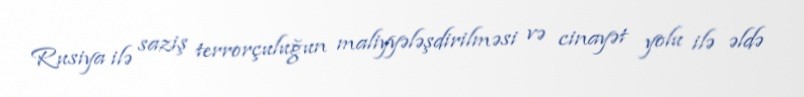
Rusiya ilə saziş terrorçuluğun maliyyələşdirilməsi və cinayət yolu ilə əldə